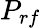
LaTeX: P_{rf}